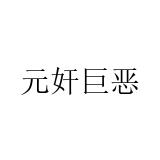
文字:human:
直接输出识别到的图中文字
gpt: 元奸巨恶